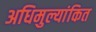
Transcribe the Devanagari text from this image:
अधिमुल्यांकित